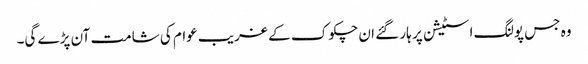
وہ جس پولنگ اسٹیشن پر ہار گئے ان چکوک کے غریب عوام کی شامت آن پڑے گی۔